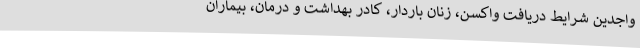
واجدین شرایط دریافت واکسن، زنان باردار، کادر بهداشت و درمان، بیماران